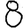
Digit: 8